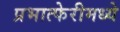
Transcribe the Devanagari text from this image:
प्रभात्फेरीमध्ये